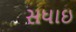
સધાઇ